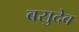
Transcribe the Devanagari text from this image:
बसुदेब